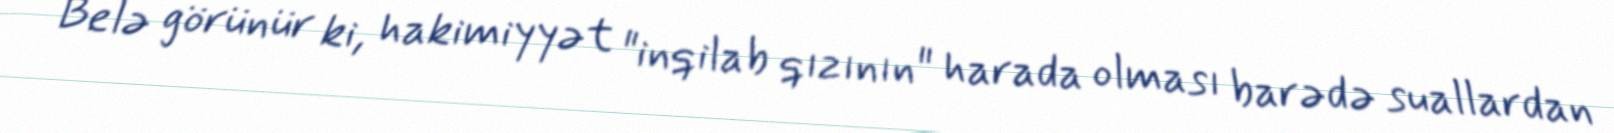
Belə görünür ki, hakimiyyət "inqilab qızının" harada olması barədə suallardan